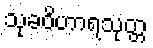
သုခဝိဟာရသုတ္တ